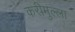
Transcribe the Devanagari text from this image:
करीमुल्ला